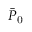
\bar { P } _ { \mathrm { 0 } }